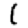
Digit: 1